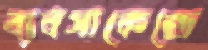
ব্যবসাকেন্দ্রে